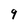
Character: 9